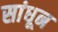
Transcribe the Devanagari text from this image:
सांधून